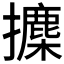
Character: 𪮾